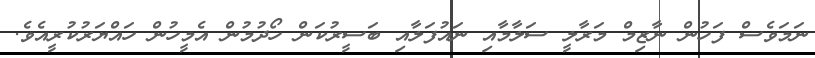
ނަމަވެސް ފަހުން ނާޒިމް މަރާލީ ސަލާމާއި ނައުފަލާއި ބަސީރުކަން ހޯދުމުން އެމީހުން ހައްޔަރުކުރީއެވެ.